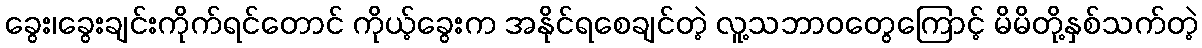
ခွေး၊ခွေးချင်းကိုက်ရင်တောင် ကိုယ့်ခွေးက အနိုင်ရစေချင်တဲ့ လူ့သဘာဝတွေကြောင့် မိမိတို့နှစ်သက်တဲ့